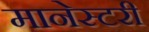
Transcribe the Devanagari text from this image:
मानेस्टरी